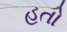
હતો